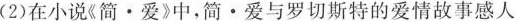
(2)在小说《简 · 爱》中，简 · 爱与罗切斯特的爱情故事感人